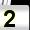
Digit: 2